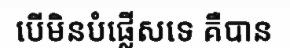
បើមិនបំផ្លើសទេ គឺបាន